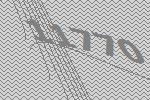
11770